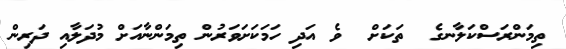
ތިމަންރަސްކަލާނގެ  ތަކަށް  ވެ އަދި ހަމަކަށަވަރުން ތިމަންނާއަށް މުދަލާއި ދަރިން